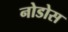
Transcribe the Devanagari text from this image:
नोडोस